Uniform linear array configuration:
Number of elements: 8
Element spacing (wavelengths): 1
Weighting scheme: uniform
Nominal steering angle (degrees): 0
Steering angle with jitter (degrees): -0.7256
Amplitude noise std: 0.05
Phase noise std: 0.05

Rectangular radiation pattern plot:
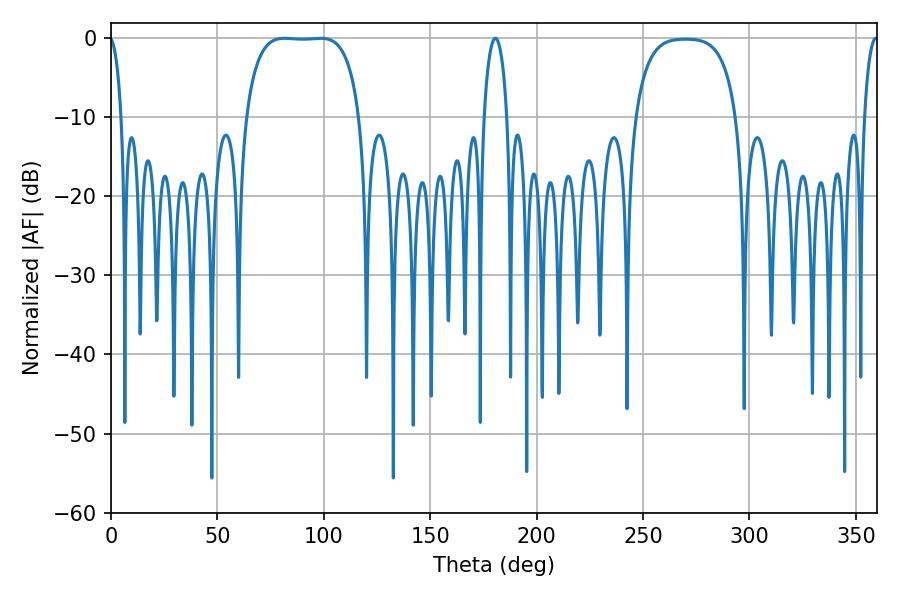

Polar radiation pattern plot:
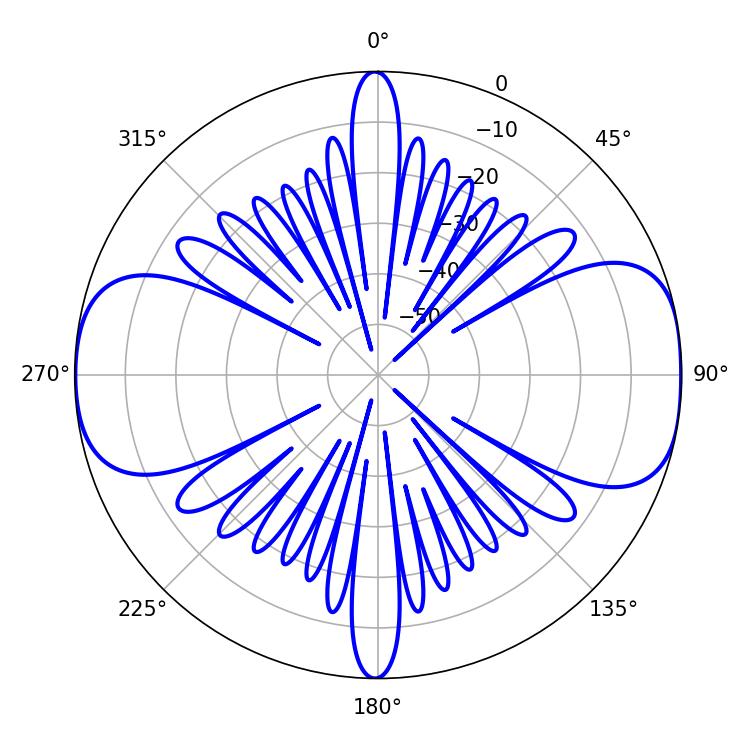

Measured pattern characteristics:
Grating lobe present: TRUE
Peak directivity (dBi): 11.676
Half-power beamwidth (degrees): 41.76
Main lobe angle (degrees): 81.54